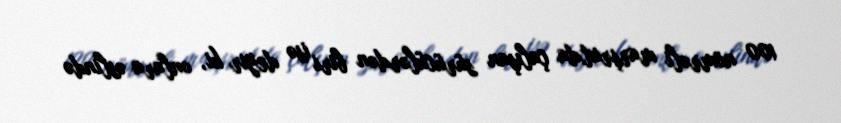
100 nömrəli marşrutda çalışan sürücülərdən biri isə deyir ki, onlara əslində